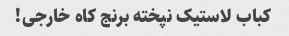
کباب لاستیک نپخته برنج کاه خارجی!